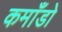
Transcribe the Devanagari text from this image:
कमाँडो